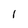
Character: 1